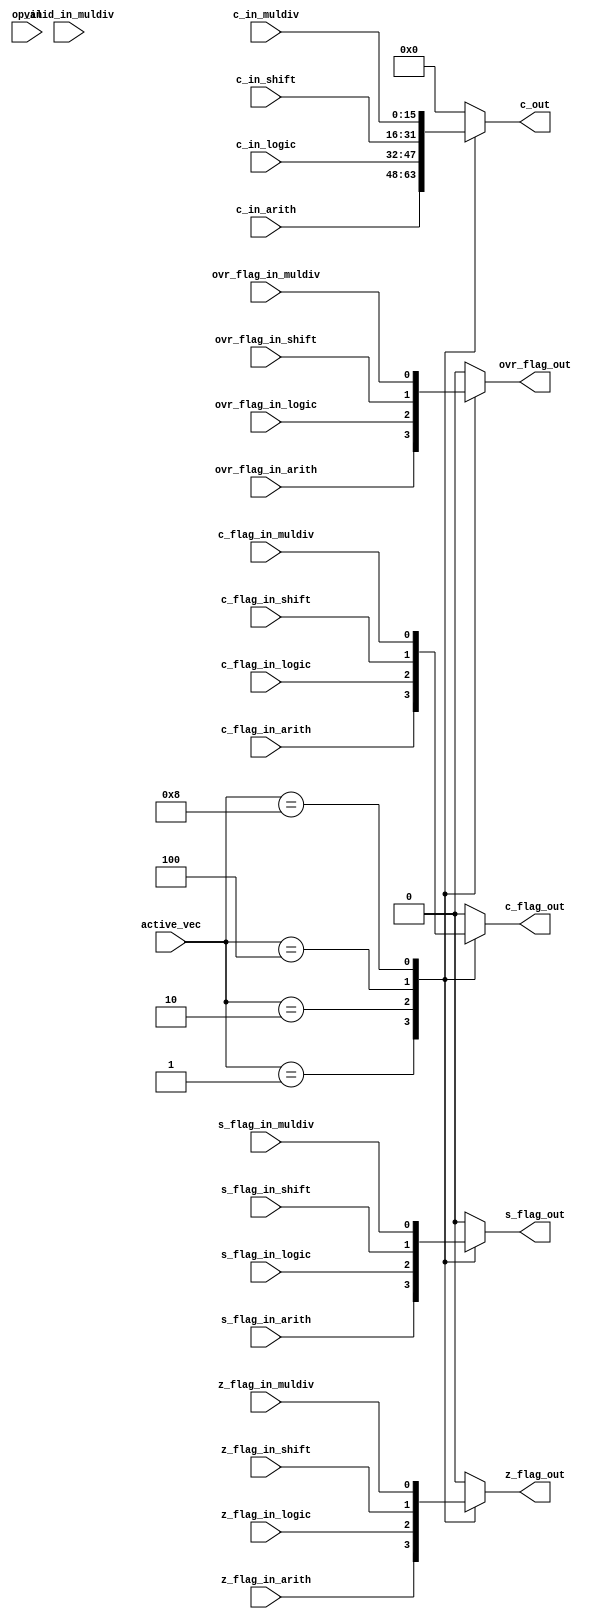
module alu_selector (
	c_in_arith,	//ALU
	z_flag_in_arith,
	s_flag_in_arith,
	c_flag_in_arith,
	ovr_flag_in_arith,

	c_in_logic,	//LOGIC
	z_flag_in_logic,
	s_flag_in_logic,
	c_flag_in_logic,
	ovr_flag_in_logic,
	
	c_in_shift,	//SHIFT
	z_flag_in_shift,
	s_flag_in_shift,
	c_flag_in_shift,
	ovr_flag_in_shift,
	
	c_in_muldiv,	//MULDIV
	z_flag_in_muldiv,
	s_flag_in_muldiv,
	c_flag_in_muldiv,
	ovr_flag_in_muldiv,
	valid_in_muldiv,
		
	op_in,		//INPUT signals
	active_vec,
	
	c_out,		//OUTPUT signals
	z_flag_out,
	s_flag_out,
	c_flag_out,
	ovr_flag_out
	
);

	parameter data_wl = 16;
	parameter op_wl   = 8;
	
	
	input   [data_wl-1:0]   c_in_arith;	//ALU
	input   		z_flag_in_arith;
	input 			s_flag_in_arith;
	input 			c_flag_in_arith;
	input 			ovr_flag_in_arith;
	
	input   [data_wl-1:0]   c_in_logic;	//LOGIC
	input   		z_flag_in_logic;
	input 			s_flag_in_logic;
	input			c_flag_in_logic;
	input			ovr_flag_in_logic;
	
	input   [data_wl-1:0]   c_in_shift;	//SHIFT
	input   		z_flag_in_shift;
	input 			s_flag_in_shift;
	input			c_flag_in_shift;
	input			ovr_flag_in_shift;
	
	input   [data_wl-1:0]   c_in_muldiv;	//MULDIV
	input   		z_flag_in_muldiv;
	input 			s_flag_in_muldiv;
	input			c_flag_in_muldiv;
	input			ovr_flag_in_muldiv;
	input			valid_in_muldiv;
	
					
	input	[op_wl	-1:0] 	op_in;		//INPUTS to Selector
	input   [3:0]		active_vec;
	
	output  [data_wl-1:0]	c_out;		//OUTPUTS to ZMC
	output			z_flag_out;
	output			s_flag_out;	
	output			c_flag_out;
	output			ovr_flag_out;
	
	reg 	[data_wl:0]     c_reg;
	reg			z_flag_out_reg;
	reg			s_flag_out_reg;	
	reg			c_flag_out_reg;	
	reg			ovr_flag_out_reg;

	always@(c_in_arith or c_in_logic or c_in_shift or c_in_muldiv)
	begin
		
		case(active_vec)
			     
			1: 
			 begin  
			     c_reg = c_in_arith;
			     z_flag_out_reg = z_flag_in_arith;
			     s_flag_out_reg = s_flag_in_arith;
			     c_flag_out_reg = c_flag_in_arith;
			     ovr_flag_out_reg = ovr_flag_in_arith;
			     
			 end
			 
			2: 
			 begin  
			     c_reg = c_in_logic;
			     z_flag_out_reg = z_flag_in_logic;
			     s_flag_out_reg = s_flag_in_logic;
			     c_flag_out_reg = c_flag_in_logic;
			     ovr_flag_out_reg = ovr_flag_in_logic;
			     
			 end
			 
			4: 
			 begin  
			     c_reg = c_in_shift;
			     z_flag_out_reg = z_flag_in_shift;
			     s_flag_out_reg = s_flag_in_shift;
			     c_flag_out_reg = c_flag_in_shift;	
			     ovr_flag_out_reg = ovr_flag_in_shift; 
			     
			 end
			 
			8: 
			 begin  
			     c_reg = c_in_muldiv;
			     z_flag_out_reg = z_flag_in_muldiv;
			     s_flag_out_reg = s_flag_in_muldiv;
			     c_flag_out_reg = c_flag_in_muldiv;
			     ovr_flag_out_reg = ovr_flag_in_muldiv;	
			     
			 end
			 
			default:
			 begin
			     c_reg = 0;
			     z_flag_out_reg = 0;
			     s_flag_out_reg = 0;
			     c_flag_out_reg = 0;
			     ovr_flag_out_reg = 0;	
				  
			 end
			 
		endcase		 

	end
	
	assign c_out = c_reg;
	assign z_flag_out = z_flag_out_reg;
	assign s_flag_out = s_flag_out_reg;
	assign c_flag_out = c_flag_out_reg;
	assign ovr_flag_out = ovr_flag_out_reg;
	


endmodule